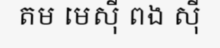
តម មេស៊ី ពង ស៊ី